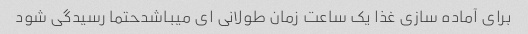
برای آماده سازی غذا یک ساعت زمان طولانی ای میباشدحتما رسیدگی شود